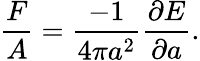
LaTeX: \frac{F}{A}=\frac{-1}{4\pi a^{2}}\frac{\partial E}{\partial a}.